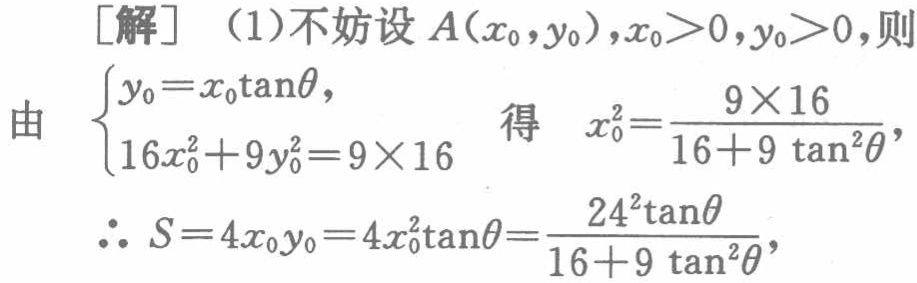
[解] （1）不妨设 \(A(x_{0},y_{0}),x_{0}>0,y_{0}>0\)，则
由 \(\begin{cases}y_{0}=x_{0}\tan\theta,\\16x_{0}^{2}+9y_{0}^{2}=9\times16\end{cases}\) 得 \(x_{0}^{2}=\dfrac{9\times16}{16 + 9\tan^{2}\theta}\)，
\(\therefore S = 4x_{0}y_{0}=4x_{0}^{2}\tan\theta=\dfrac{24^{2}\tan\theta}{16 + 9\tan^{2}\theta}\)，